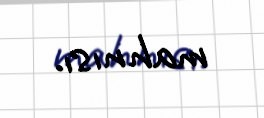
mahnısı.